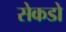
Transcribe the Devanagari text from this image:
सेकडो